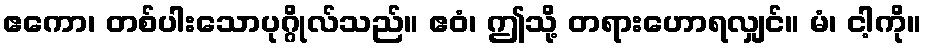
ဧကော၊ တစ်ပါးသောပုဂ္ဂိုလ်သည်။ ဧဝံ၊ ဤသို့ တရားဟောရလျှင်။ မံ၊ ငါ့ကို။